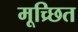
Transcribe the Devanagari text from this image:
मूच्र्छित